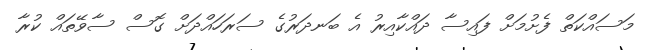
މަސައްކަތް ފެށުމަށް ފައިސާ ދައްކާއިރު އެ ބަނދަރުގެ ސަރަހައްދަށް ގޮސް ސާވޭތައް ކުރާ